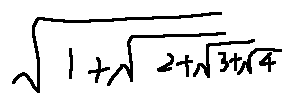
\sqrt { 1 + \sqrt { 2 + \sqrt { 3 + \sqrt { 4 } } } }